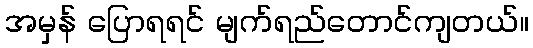
အမှန် ပြောရရင် မျက်ရည်တောင်ကျတယ်။